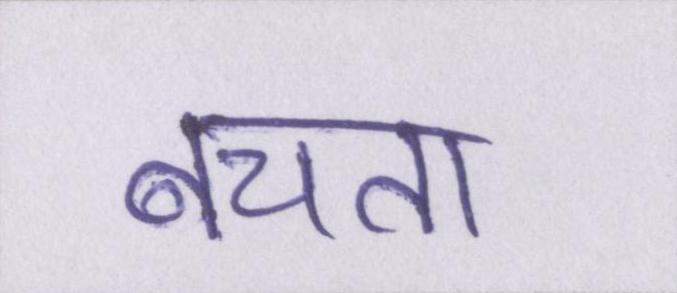
बचता